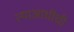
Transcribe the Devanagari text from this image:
त्याआधीची